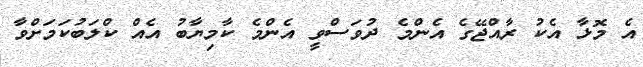
އެ މޮޅާ އެކު ރާއްޖޭގެ އެންމެ ދުވަސްވީ އެންމެ ކާމިޔާބު އެއް ކްލަބުކަމަށްވާ